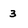
Character: 3